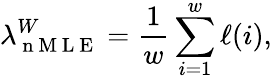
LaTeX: \lambda_{\mathrm{~n~M~L~E~}}^{W}=\frac{1}{w}\sum_{i=1}^{w}\ell(i),